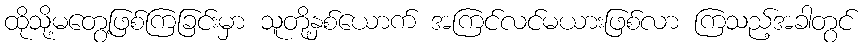
ထိုသို့မတွေ့ဖြစ်ကြခြင်းမှာ သူတို့နှစ်ယောက် အကြင်လင်မယားဖြစ်လာ ကြသည့်အခါတွင်